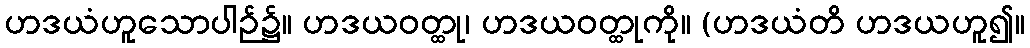
ဟဒယံဟူသောပါဉ်၌။ ဟဒယဝတ္ထု၊ ဟဒယဝတ္ထုကို။ (ဟဒယံတိ ဟဒယဟူ၍။